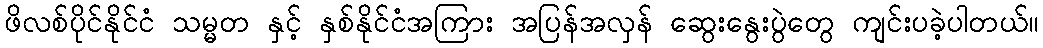
ဖိလစ်ပိုင်နိုင်ငံ သမ္မတ နှင့် နှစ်နိုင်ငံအကြား အပြန်အလှန် ဆွေးနွေးပွဲတွေ ကျင်းပခဲ့ပါတယ်။